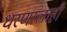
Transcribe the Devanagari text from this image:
धरणालाही